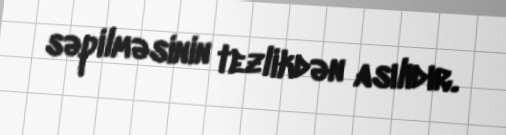
səpilməsinin tezlikdən asılıdır.